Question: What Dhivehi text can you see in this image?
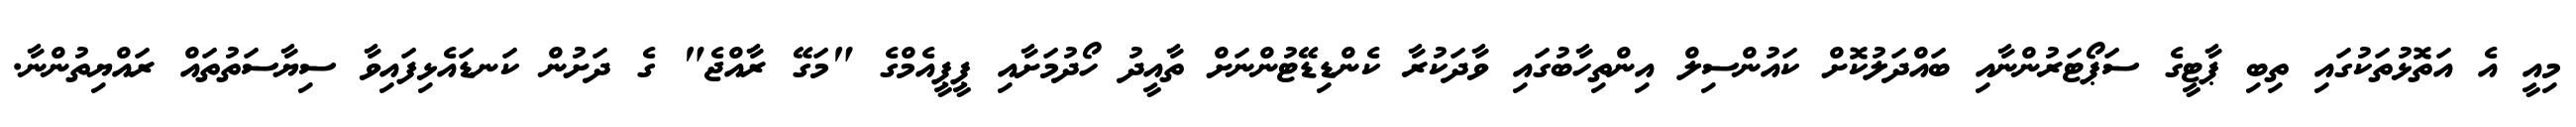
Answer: މިއީ އެ އަތޮޅުތަކުގައި ތިބި ޕާޓީގެ ސަޕޯޓަރުންނާއި ބައްދަލުކޮށް ކައުންސިލް އިންތިހާބުގައި ވާދަކުރާ ކެންޑިޑޭޓުންނަށް ތާއީދު ހޯދުމަށާއި ޕީޕީއެމްގެ "މަގޭ ރާއްޖެ" ގެ ދަށުން ކަނޑައެޅިފައިވާ ސިޔާސަތުތައް ރައްޔިތުންނާ.